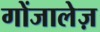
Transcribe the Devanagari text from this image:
गोंजालेज़